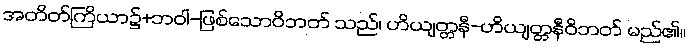
အတိတ်ကြိယာ၌+ဘဝါ-ဖြစ်သောဝိဘတ် သည်၊ ဟိယျတ္တနီ-ဟိယျတ္တနီဝိဘတ် မည်၏။